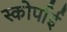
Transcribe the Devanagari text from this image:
स्कोर्पाई